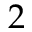
2